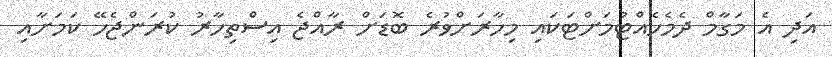
އަދި އެ މަގާމް ދެމެހެއްޓުމަށްޓަކައި މިހާރަށްވުރެ ބޮޑަށް ރާއްޖެ އިސްތިހާރު ކުރަންޖެހޭ ކަމަށާއި